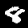
Label: 8